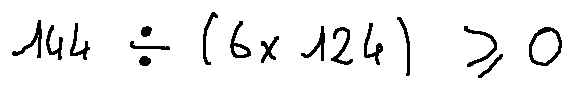
1 4 4 \div ( 6 \times 1 2 4 ) \geq 0